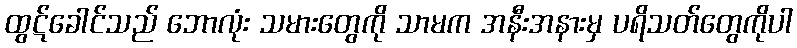
ထွဋ်ခေါင်သည် ဘောလုံး သမားတွေကို သာမက အနီးအနားမှ ပရိသတ်တွေကိုပါ